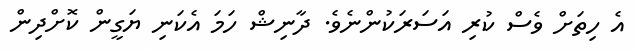
އެ ހިތަށް ވެސް ކުރި އަސަރަކުންނެވެ. ދާނިޝް ހަމަ އެކަނި ޔަގީން ކޮށްދިން